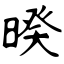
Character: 暌